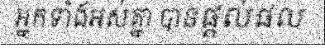
អ្នកទាំងអស់គ្នា បានផ្តល់ផល